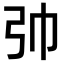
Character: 𢎭